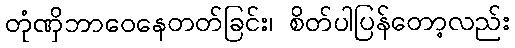
တုံဏှိဘာဝေနေတတ်ခြင်း၊ စိတ်ပါပြန်တော့လည်း